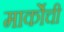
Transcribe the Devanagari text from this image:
मार्कोची